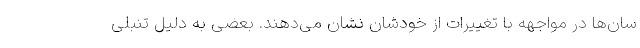
سان‌ها در مواجهه با تغییرات از خودشان نشان می‌دهند. بعضی به دلیل تنبلی